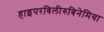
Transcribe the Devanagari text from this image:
हाइपरबिलीरुबिनेमिया